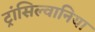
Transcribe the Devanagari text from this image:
ट्रांसिल्वानिया